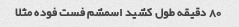
٨٠ دقیقه طول کشید اسمشم فست فوده مثلا